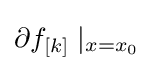
\partial f_{[k]}\mid _{x=x_{0}}